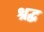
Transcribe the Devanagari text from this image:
श्रद्ध